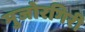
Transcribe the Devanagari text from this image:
मुजोरगिरी